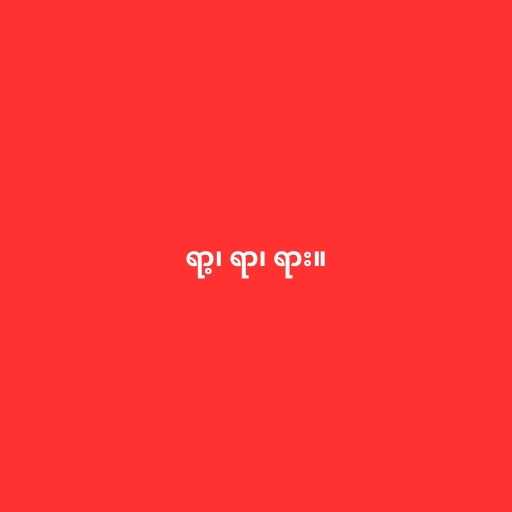
ရာ့၊ ရာ၊ ရား။